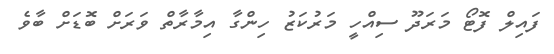
ފައިލް ފޮޓޯ މަރަދޫ ސިއްހީ މަރުކަޒު ހިންގާ އިމާރާތް ވަރަށް ބޮޑަށް ބާވެ